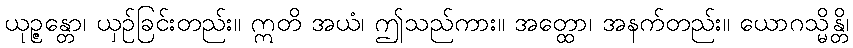
ယုဉ္ဇန္တော၊ ယှဉ်ခြင်းတည်း။ ဣတိ အယံ၊ ဤသည်ကား။ အတ္ထော၊ အနက်တည်း။ ယောဂသ္မိန္တိ၊